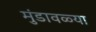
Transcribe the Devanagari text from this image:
मुंडावळ्या